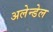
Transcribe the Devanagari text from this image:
अलेन्डेल